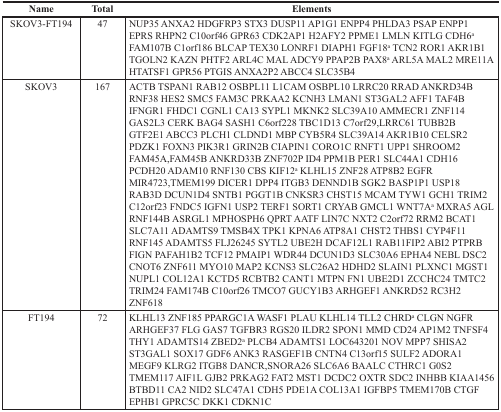
<table><thead><tr><td><b>Name</b></td><td><b>Total</b></td><td><b>Elements</b></td></tr></thead><tbody><tr><td>SKOV3-FT194</td><td>47</td><td>NUP35 ANXA2 HDGFRP3 STX3 DUSP11 AP1G1 ENPP4 PHLDA3 PSAP ENPP1 EPRS RHPN2 C10orf46 GPR63 CDK2AP1 H2AFY2 PPME1 LMLN KITLG CDH6<sup>a</sup>FAM107B C1orf186 BLCAP TEX30 LONRF1 DIAPH1 FGF18<sup>a</sup> TCN2 ROR1 AKR1B1 TGOLN2 KAZN PHTF2 ARL4C MAL ADCY9 PPAP2B PAX8<sup>a</sup> ARL5A MAL2 MRE11A HTATSF1 GPR56 PTGIS ANXA2P2 ABCC4 SLC35B4</td></tr><tr><td>SKOV3</td><td>167</td><td>ACTB TSPAN1 RAB12 OSBPL11 L1CAM OSBPL10 LRRC20 RRAD ANKRD34B RNF38 HES2 SMC5 FAM3C PRKAA2 KCNH3 LMAN1 ST3GAL2 AFF1 TAF4B IFNGR1 FHDC1 CGNL1 CA13 SYPL1 MKNK2 SLC39A10 AMMECR1 ZNF114 GAS2L3 CERK BAG4 SASH1 C6orf228 TBC1D13 C7orf29,LRRC61 TUBB2B GTF2E1 ABCC3 PLCH1 CLDND1 MBP CYB5R4 SLC39A14 AKR1B10 CELSR2 PDZK1 FOXN3 PIK3R1 GRIN2B CIAPIN1 CORO1C RNFT1 UPP1 SHROOM2 FAM45A,FAM45B ANKRD33B ZNF702P ID4 PPM1B PER1 SLC44A1 CDH16 PCDH20 ADAM10 RNF130 CBS KIF12<sup>a</sup>KLHL15 ZNF28 ATP8B2 EGFR MIR4723,TMEM199 DICER1 DPP4 ITGB3 DENND1B SGK2 BASP1P1 USP18 RAB3D DCUN1D4 SNTB1 PGGT1B CNKSR3 CHST15 MCAM TYW1 GCH1 TRIM2 C12orf23 FNDC5 IGFN1 USP2 TERF1 SORT1 CRYAB GMCL1 WNT7A<sup>a</sup> MXRA5 AGL RNF144B ASRGL1 MPHOSPH6 QPRT AATF LIN7C NXT2 C2orf72 RRM2 BCAT1 SLC7A11 ADAMTS9 TMSB4X TPK1 KPNA6 ATP8A1 CHST2 THBS1 CYP4F11 RNF145 ADAMTS5 FLJ26245 SYTL2 UBE2H DCAF12L1 RAB11FIP2 ABI2 PTPRB FIGN PAFAH1B2 TCF12 PMAIP1 WDR44 DCUN1D3 SLC30A6 EPHA4 NEBL DSC2 CNOT6 ZNF611 MYO10 MAP2 KCNS3 SLC26A2 HDHD2 SLAIN1 PLXNC1 MGST1 NUPL1 COL12A1 KCTD5 RCBTB2 CANT1 MTPN FN1 UBE2D1 ZCCHC24 TMTC2 TRIM24 FAM174B C10orf26 TMCO7 GUCY1B3 ARHGEF1 ANKRD52 RC3H2 ZNF618</td></tr><tr><td>FT194</td><td>72</td><td>KLHL13 ZNF185 PPARGC1A WASF1 PLAU KLHL14 TLL2 CHRD<sup>a</sup> CLGN NGFR ARHGEF37 FLG GAS7 TGFBR3 RGS20 ILDR2 SPON1 MMD CD24 AP1M2 TNFSF4 THY1 ADAMTS14 ZBED2<sup>a</sup> PLCB4 ADAMTS1 LOC643201 NOV MPP7 SHISA2 ST3GAL1 SOX17 GDF6 ANK3 RASGEF1B CNTN4 C13orf15 SULF2 ADORA1 MEGF9 KLRG2 ITGB8 DANCR,SNORA26 SLC6A6 BAALC CTHRC1 G0S2 TMEM117 AIF1L GJB2 PRKAG2 FAT2 MST1 DCDC2 OXTR SDC2 INHBB KIAA1456 BTBD11 CA2 NID2 SLC47A1 CDH5 PDE1A COL13A1 IGFBP5 TMEM170B CTGF EPHB1 GPRC5C DKK1 CDKN1C</td></tr></tbody></table>